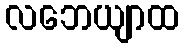
လဘေယျာထ